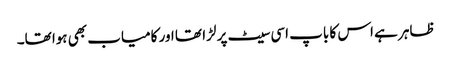
ظاہر ہے اس کا باپ اسی سیٹ پر لڑا تھا اور کامیاب بھی ہوا تھا۔